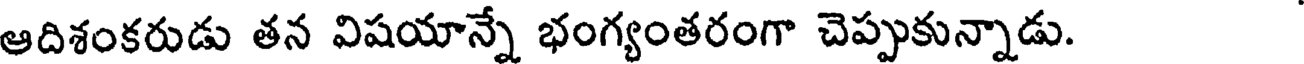
ఆదిశంకరుడు తన విషయాన్నే భంగ్యంతరంగా చెప్పుకున్నాడు.